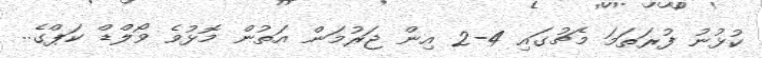
ކުޅުނު ފުރަތަމަ މެޗުގައި 4-2 އިން ޖަރުމަން އަތުން މޮޅުވެ ވޯލްޑް ކަޕްގެ..